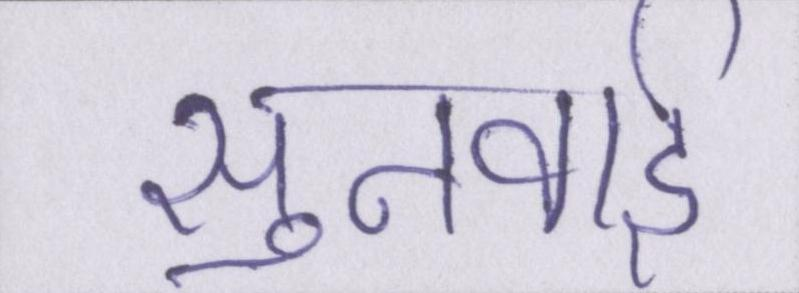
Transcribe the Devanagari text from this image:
सुनवाई